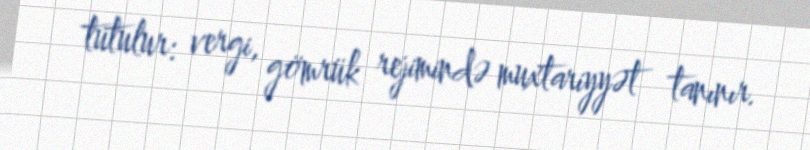
tutulur: vergi, gömrük rejimində muxtariyyət tanınır.